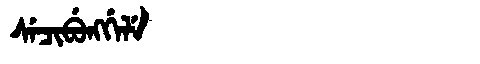
Manchu: ᠰᡝᠴᡳᠪᡠᠩᡤᡝᠯᡝ
Romanization: SECIBUNGGELE